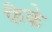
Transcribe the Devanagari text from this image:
फैके